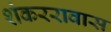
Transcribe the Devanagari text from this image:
शंकररावास